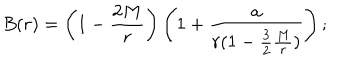
B ( r ) = \left( 1 - { \frac { 2 M } { r } } \right) \left( 1 + { \frac { a } { r ( 1 - { \frac { 3 } { 2 } } { \frac { M } { r } } ) } } \right) ;